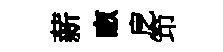
薪畞戹笻